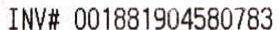
INV# 001881904580783